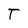
Character: T